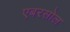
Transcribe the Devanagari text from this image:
एबरसोल